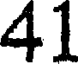
41